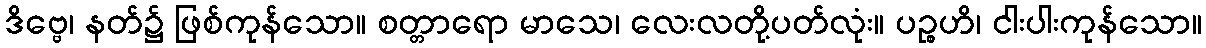
ဒိဗ္ဗေ၊ နတ်၌ ဖြစ်ကုန်သော။ စတ္တာရော မာသေ၊ လေးလတို့ပတ်လုံး။ ပဉ္စဟိ၊ ငါးပါးကုန်သော။